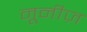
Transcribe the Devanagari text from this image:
नूनीज़